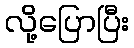
လို့ပြောပြီး